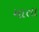
માતા